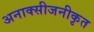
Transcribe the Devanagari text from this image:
अनाक्सीजनीकृत